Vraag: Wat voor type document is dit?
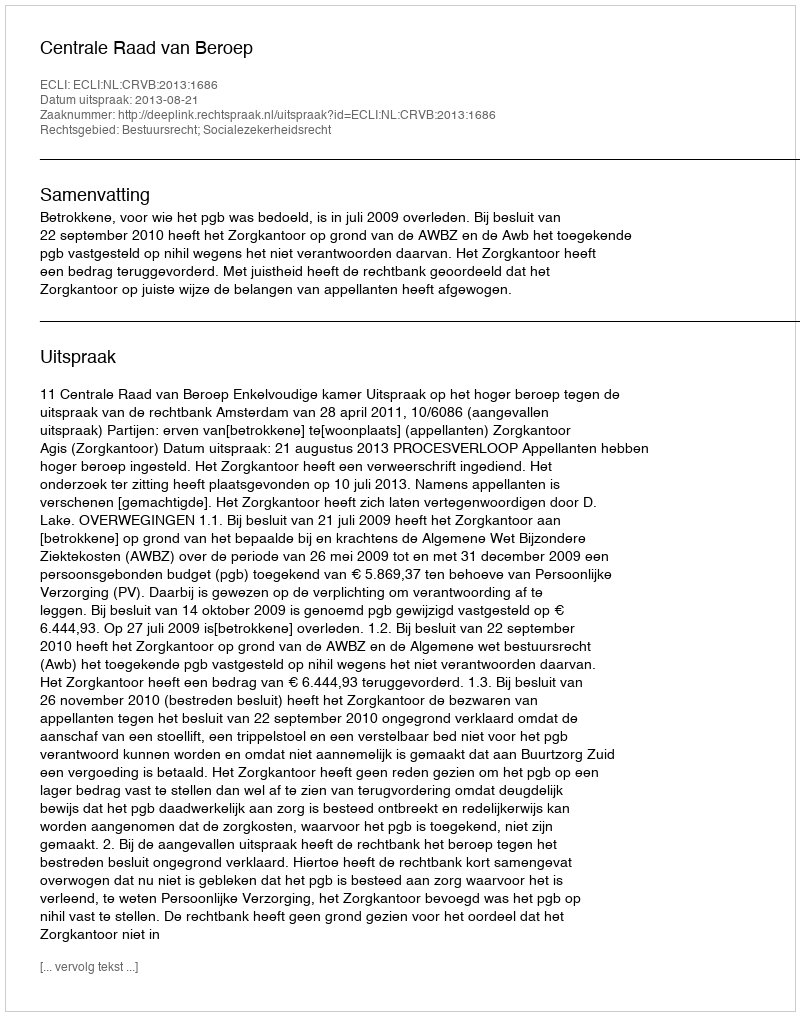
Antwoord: Uitspraak